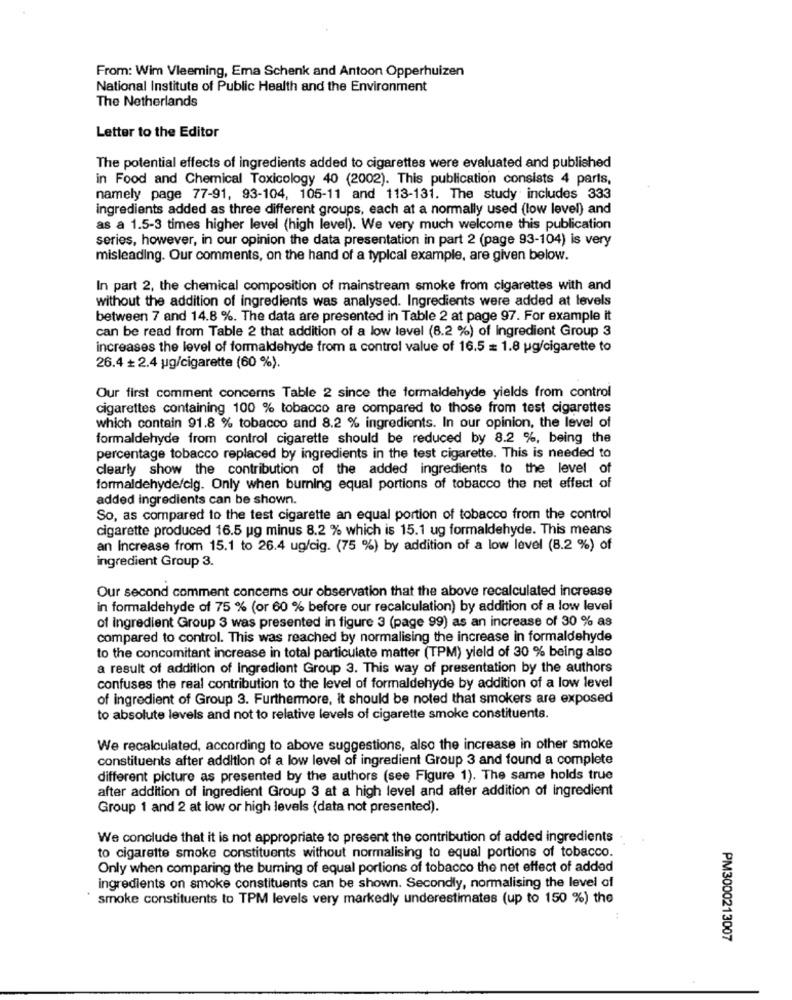
From: Wim Vleeming, Ema Schenk and Antoon Opperhuizen
National Institute of Public Health and the Environment
The Netherlands
Letter to the Editor
The potential effects of ingredients added to cigarettes were evaluated and published
in Food and Chemical Toxicology 40 (2002). This publication consists 4 paris,
namely page 77-91, 93-104, 105-11 and 113-131. The study includes 333
ingredients added as three different groups, each at a normally used (low level) and
as a 1.5-3 times higher level (high level). We very much welcome this publication
series, however, in our opinion the data presentation in part 2 (page 93-104) is very
misleading. Our comments, on the hand of a typical example, are given below.
In part 2, the chemical composition of mainstream smoke from cigarettes with and
without the addition of ingredients was analysed. Ingredients were added at levels
between 7 and 14.8 %. The data are presented in Table 2 at page 97. For example it
can be read from Table 2 that addition of a low level (8.2 %) of Ingredient Group 3
increases the level of formaldehyde from a control value of 16.5 = 1.8 ug/cigarette to
26.4 + 2.4 ug/cigarette (60 %).
Our first comment concerns Table 2 since the formaldehyde yields from control
cigarettes containing 100 % tobacco are compared to those from test cigarettes
which contain 91.8 % tobacco and 8.2 % ingredients. In our opinion, the level of
formaldehyde from control cigarette should be reduced by 8.2 %, being the
percentage tobacco replaced by ingredients in the test cigarette. This is needed to
clearly show the contribution of the added ingredients to the level of
formaldehyde/cig. Only when burning equal portions of tobacco the net effect of
added ingredients can be shown.
So, as compared to the test cigarette an equal portion of tobacco from the control
cigarette produced 16.5 ug minus 8.2 % which is 15.1 ug formaldehyde. This means
an increase from 15.1 to 26.4 ug/cig. (75 %) by addition of a low level (8.2 %) of
ingredient Group 3.
Our second comment concerns our observation that the above recalculated increase
in formaldehyde of 75 % (or 60 % before our recalculation) by addition of a low level
of ingredient Group 3 was presented in figure 3 (page 99) as an increase of 30 % as
compared to control. This was reached by normalising the increase in formaldehyde
to the concomitant increase in total particulate matter (TPM) yield of 30 % being also
a result of addition of Ingredient Group 3. This way of presentation by the authors
confuses the real contribution to the level of formaldehyde by addition of a low level
of ingredient of Group 3. Furthermore, it should be noted that smokers are exposed
to absolute levels and not to relative levels of cigarette smoke constituents.
We recalculated, according to above suggestions, also the increase in other smoke
constituents after addition of a low level of ingredient Group 3 and found a complete
different picture as presented by the authors (see Figure 1). The same holds true
after addition of ingredient Group 3 at a high level and after addition of ingredient
Group 1 and 2 at low or high levels (data not presented).
We conclude that it is not appropriate to present the contribution of added ingredients
to cigarette smoke constituents without normalising to equal portions of tobacco.
Only when comparing the burning of equal portions of tobacco the net effect of added
ingredients on smoke constituents can be shown. Secondly, normalising the level of
smoke constituents to TPM levels very markedly underestimates (up to 150 %) the
PM3000213007